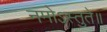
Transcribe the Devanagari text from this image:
नमोऽस्तुते॥